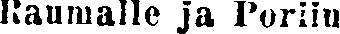
Raumalle ja Poriin